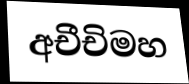
අචීචිමහ